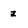
Character: z